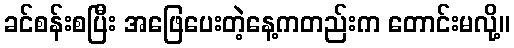
ခင်စန်းစပြီး အဖြေပေးတဲ့နေ့ကတည်းက တောင်းမလို့။